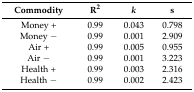
<table><thead><tr><td><b>Commodity</b></td><td><b>R<sup>2</sup></b></td><td><b><i>k</i></b></td><td><b>s</b></td></tr></thead><tbody><tr><td>Money +</td><td>0.99</td><td>0.043</td><td>0.798</td></tr><tr><td>Money −</td><td>0.99</td><td>0.001</td><td>2.909</td></tr><tr><td>Air +</td><td>0.99</td><td>0.005</td><td>0.955</td></tr><tr><td>Air −</td><td>0.99</td><td>0.001</td><td>3.223</td></tr><tr><td>Health +</td><td>0.99</td><td>0.003</td><td>2.316</td></tr><tr><td>Health −</td><td>0.99</td><td>0.002</td><td>2.423</td></tr></tbody></table>